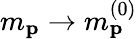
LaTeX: m_{\mathbf{p}}\rightarrow m_{\mathbf{p}}^{(0)}